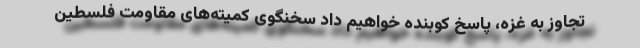
تجاوز به غزه، پاسخ کوبنده خواهیم داد سخنگوی کمیته‌های مقاومت فلسطین